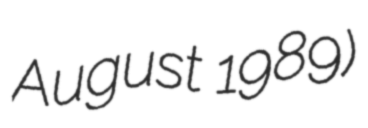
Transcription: August 1989)